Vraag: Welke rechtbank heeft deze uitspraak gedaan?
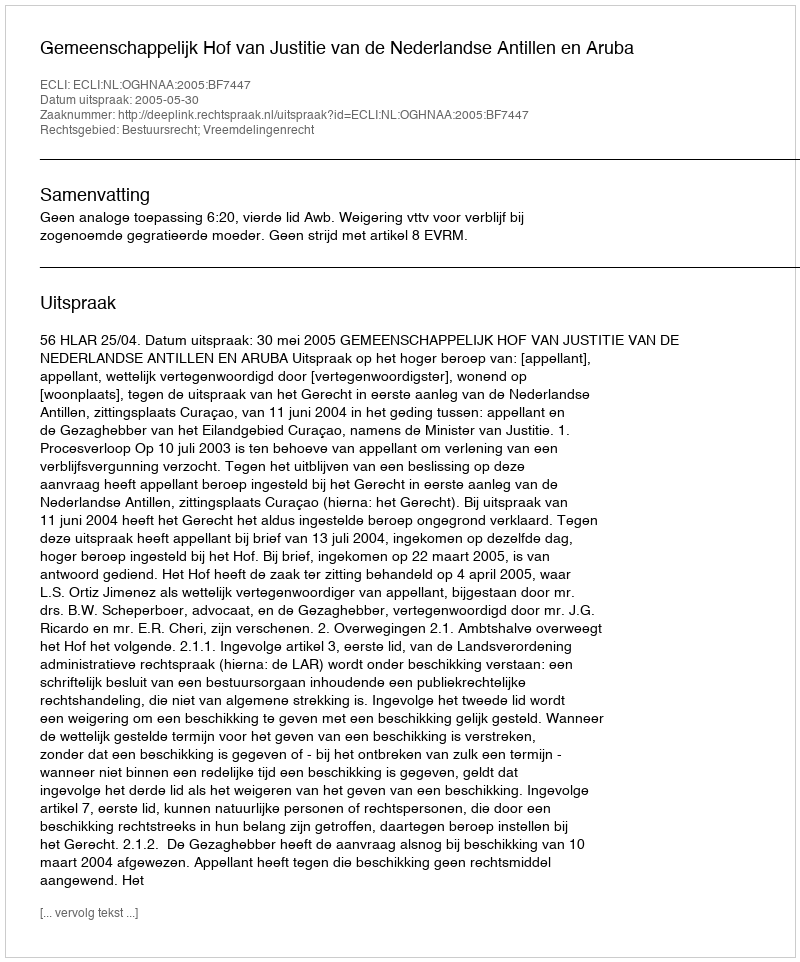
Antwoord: Gemeenschappelijk Hof van Justitie van de Nederlandse Antillen en Aruba